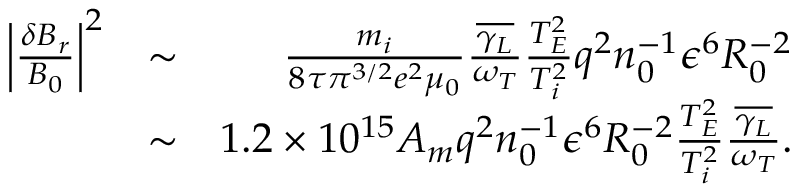
\begin{array} { r l r } { \left\lvert \frac { \delta B _ { r } } { B _ { 0 } } \right\rvert ^ { 2 } } & { \sim } & { \frac { m _ { i } } { 8 \tau \pi ^ { 3 / 2 } e ^ { 2 } \mu _ { 0 } } \frac { \overline { { \gamma _ { L } } } } { \omega _ { T } } \frac { T _ { E } ^ { 2 } } { T _ { i } ^ { 2 } } q ^ { 2 } n _ { 0 } ^ { - 1 } \epsilon ^ { 6 } R _ { 0 } ^ { - 2 } } \\ & { \sim } & { 1 . 2 \times 1 0 ^ { 1 5 } A _ { m } q ^ { 2 } n _ { 0 } ^ { - 1 } \epsilon ^ { 6 } R _ { 0 } ^ { - 2 } \frac { T _ { E } ^ { 2 } } { T _ { i } ^ { 2 } } \frac { \overline { { \gamma _ { L } } } } { \omega _ { T } } . } \end{array}